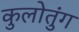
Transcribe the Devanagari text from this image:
कुलोतुंग